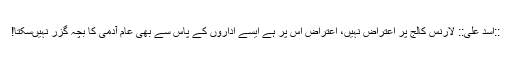
::اسد علی:: لارنس کالج پر اعتراض نہیں، اعتراض اس پر ہے ایسے اداروں کے پاس سے بھی عام آدمی کا بچہ گزر نہیں‌سکتا!